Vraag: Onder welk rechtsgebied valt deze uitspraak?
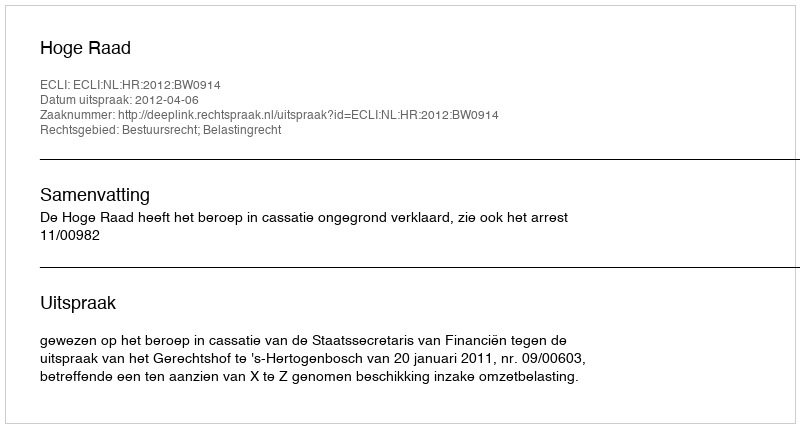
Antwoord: Bestuursrecht; Belastingrecht